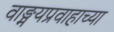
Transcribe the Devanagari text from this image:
वाङ्मयप्रवाहाच्या